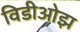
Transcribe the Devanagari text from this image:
विडीओझ